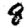
Digit: 8